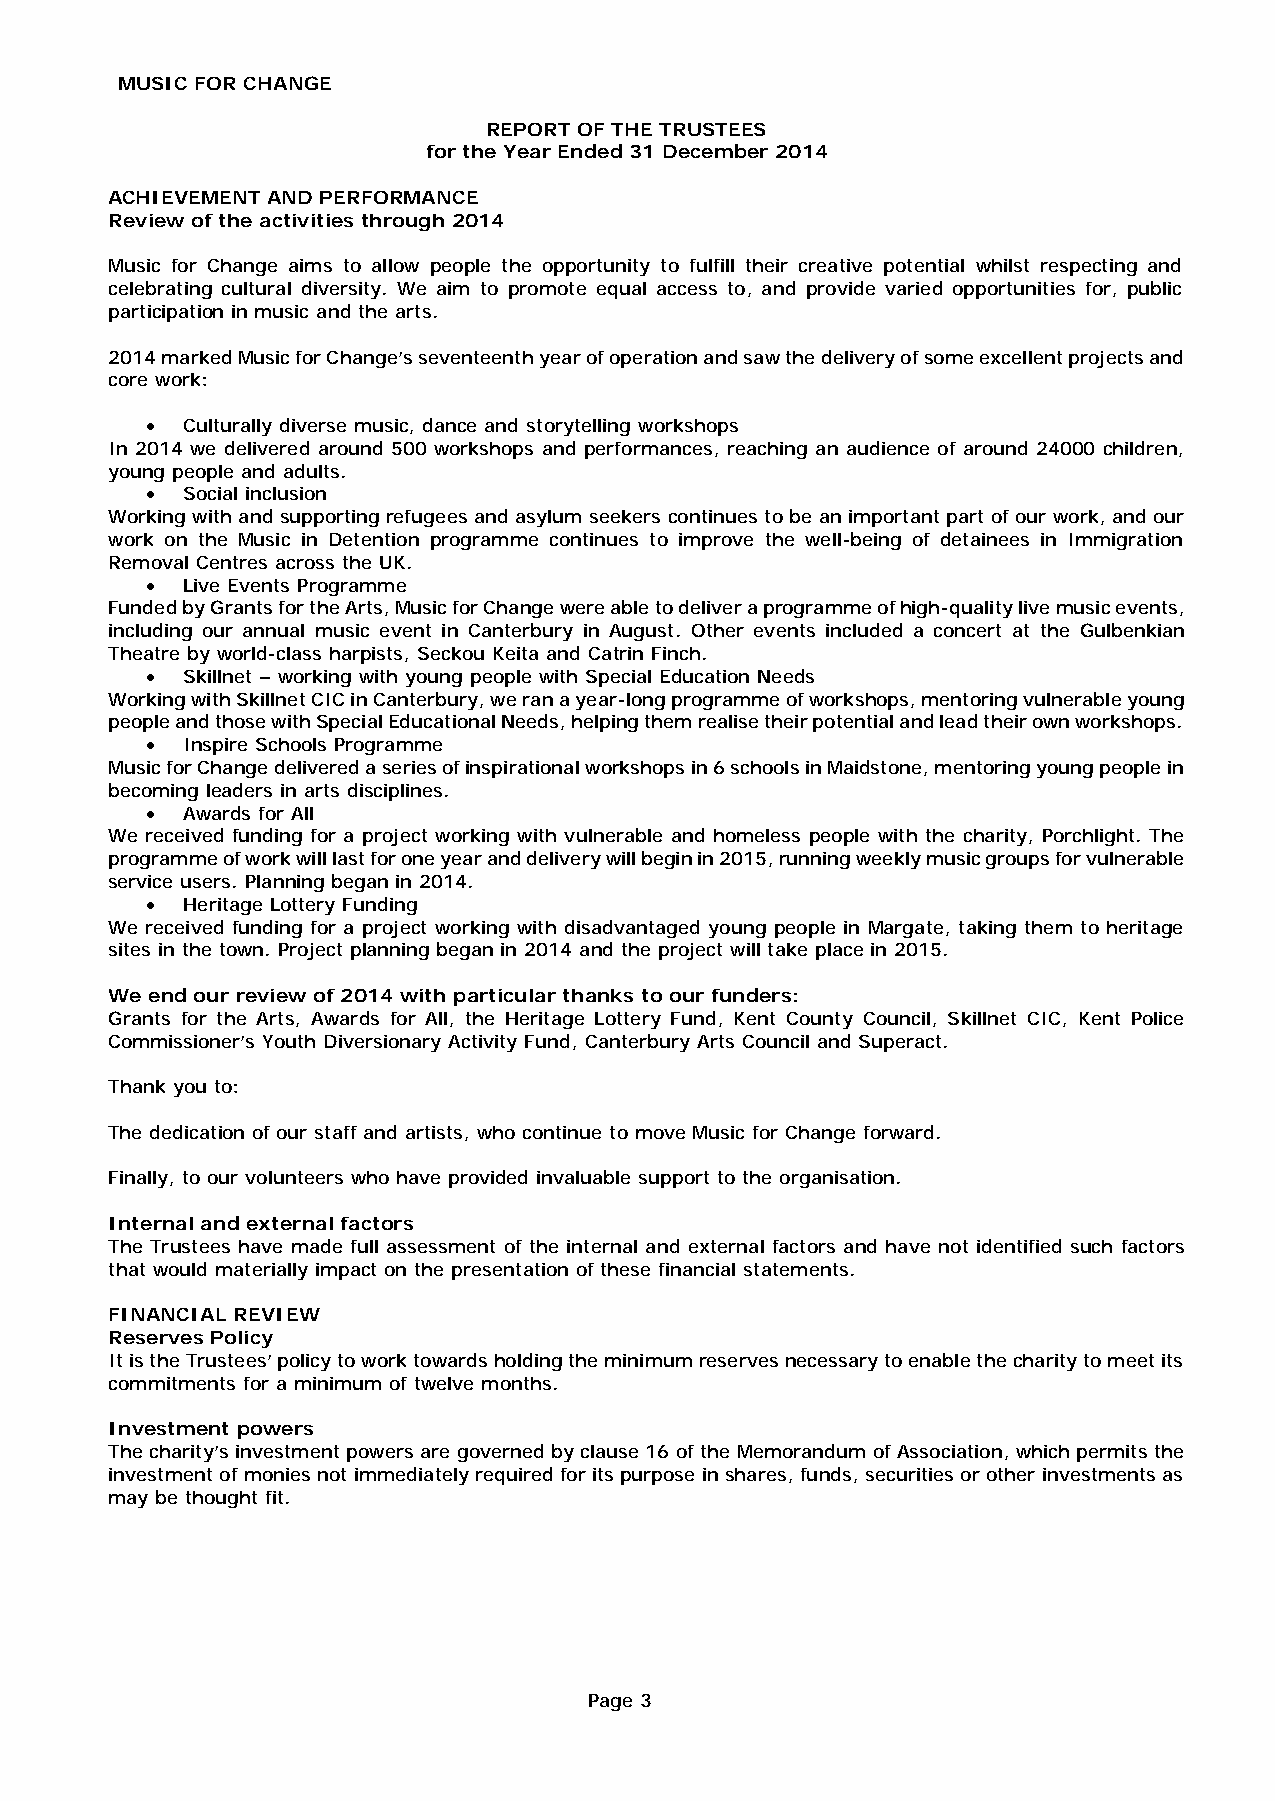
MUSIC FOR CHANGE
 REPORT OF THE TRUSTEES
 for the Year Ended 31 December 2014
 ACHIEVEMENT AND PERFORMANCE
 Review of the activities through 2014
 Music for Change aims to allow people the opportunity to fulfill their creative potential whilst respecting and
 celebrating cultural diversity. We aim to promote equal access to, and provide varied opportunities for, public
 participation in music and the arts.
 2014 marked Music for Change’s seventeenth year of operation and saw the delivery of some excellent projects and
 core work:
 • Culturally diverse music, dance and storytelling workshops
 In 2014 we delivered around 500 workshops and performances, reaching an audience of around 24000 children,
 young people and adults.
 • Social inclusion
 Working with and supporting refugees and asylum seekers continues to be an important part of our work, and our
 work on the Music in Detention programme continues to improve the well-being of detainees in Immigration
 Removal Centres across the UK.
 • Live Events Programme
 Funded by Grants for the Arts, Music for Change were able to deliver a programme of high-quality live music events,
 including our annual music event in Canterbury in August. Other events included a concert at the Gulbenkian
 Theatre by world-class harpists, Seckou Keita and Catrin Finch.
 • Skillnet – working with young people with Special Education Needs
 Working with Skillnet CIC in Canterbury, we ran a year-long programme of workshops, mentoring vulnerable young
 people and those with Special Educational Needs, helping them realise their potential and lead their own workshops.
 • Inspire Schools Programme
 Music for Change delivered a series of inspirational workshops in 6 schools in Maidstone, mentoring young people in
 becoming leaders in arts disciplines.
 • Awards for All
 We received funding for a project working with vulnerable and homeless people with the charity, Porchlight. The
 programme of work will last for one year and delivery will begin in 2015, running weekly music groups for vulnerable
 service users. Planning began in 2014.
 • Heritage Lottery Funding
 We received funding for a project working with disadvantaged young people in Margate, taking them to heritage
 sites in the town. Project planning began in 2014 and the project will take place in 2015.
 We end our review of 2014 with particular thanks to our funders:
 Grants for the Arts, Awards for All, the Heritage Lottery Fund, Kent County Council, Skillnet CIC, Kent Police
 Commissioner’s Youth Diversionary Activity Fund, Canterbury Arts Council and Superact.
 Thank you to:
 The dedication of our staff and artists, who continue to move Music for Change forward.
 Finally, to our volunteers who have provided invaluable support to the organisation.
 Internal and external factors
 The Trustees have made full assessment of the internal and external factors and have not identified such factors
 that would materially impact on the presentation of these financial statements.
 FINANCIAL REVIEW
 Reserves Policy
 It is the Trustees’ policy to work towards holding the minimum reserves necessary to enable the charity to meet its
 commitments for a minimum of twelve months.
 Investment powers
 The charity’s investment powers are governed by clause 16 of the Memorandum of Association, which permits the
 investment of monies not immediately required for its purpose in shares, funds, securities or other investments as
 may be thought fit.
 Page 3